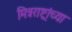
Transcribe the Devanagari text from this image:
मित्रराष्ट्रांच्या